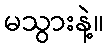
မသွားနဲ့။